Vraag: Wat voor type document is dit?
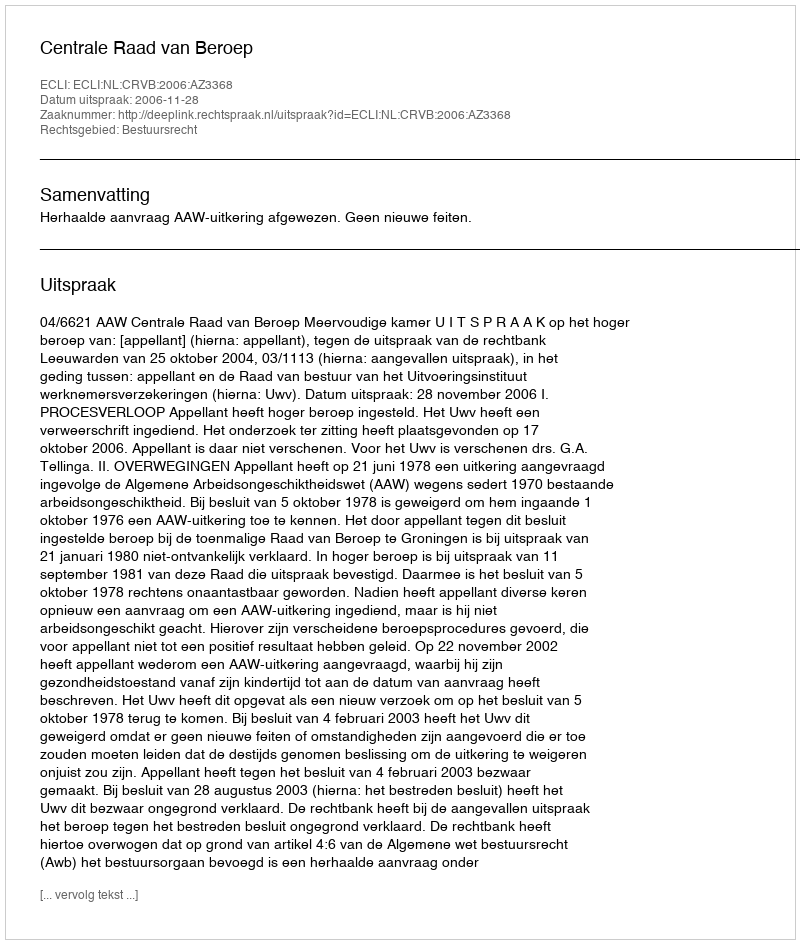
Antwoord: Uitspraak